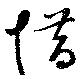
惜